Vaccination report Assam 1874-1896 - 1874-1896
Year: 1874
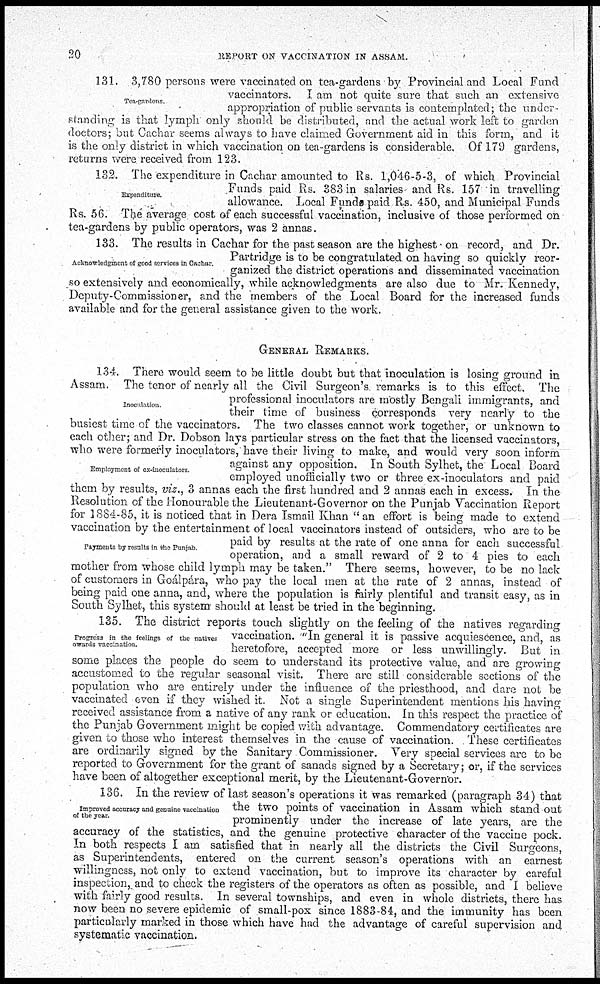
20
REPORT ON VACCINATION IN ASSAM.
Tea-gardens
131. 3,780 persons were vaccinated on tea-gardens by Provincial and Local Fund
vaccinators. I am not quite sure that such an extensive
appropriation of public servants is contemplated; the under-
standing is that lymph only should be distributed, and the actual work left to garden
doctors; but Cachar seems always to have claimed Government aid in this form, and it
is the only district in which vaccination on tea-gardens is considerable. Of 179 gardens,
returns were received from 123.
Expenditure.
132. The expenditure in Cachar amounted to Rs. 1,046-5-3, of which Provincial
Funds paid Rs. 383 in salaries and Rs. 157 in travelling
allowance. Local Funds paid Rs. 450, and Municipal Funds
Rs. 56. The average cost of each successful vaccination, inclusive of those performed on
tea-gardens by public operators, was 2 annas.
Acknowledgment of good services in Cachar.
133. The results in Cachar for the past season are the highest on record, and Dr.
Partridge is to be congratulated on having so quickly reor-
ganized the district operations and disseminated vaccination
so extensively and economically, while acknowledgments are also due to Mr. Kennedy,
Deputy-Commissioner, and the members of the Local Board for the increased funds
available and for the general assistance given to the work.
GENERAL REMARKS.
Inoculation
Employment of ex-inoculalors
Payments by results in the Punjab.
134. There would seem to be little doubt but that inoculation is losing ground in
Assam. The tenor of nearly all the Civil Surgeon's remarks is to this effect. The
professional inoculators are mostly Bengali immigrants, and
their time of business corresponds very nearly to the
busiest time of the vaccinators. The two classes cannot work together, or unknown to
each other; and Dr. Dobson lays particular stress on the fact that the licensed vaccinators,
who were formerly inoculators, have their living to make, and would very soon inform
against any opposition. In South Sylhet, the Local Board
employed unofficially two or three ex-inoculators and paid
them by results, viz., 3 annas each the first hundred and 2 annas each in excess. In the
Resolution of the Honourable the Lieutenant-Governor on the Punjab Vaccination Report
for 1884-85, it is noticed that in Dera Ismail Khan "an effort is being made to extend
vaccination by the entertainment of local vaccinators instead of outsiders, who are to be
paid by results at the rate of one anna for each successful
operation, and a small reward of 2 to 4 pies to each
mother from whose child lymph may be taken." There seems, however, to be no lack
of customers in Goálpára, who pay the local men at the rate of 2 annas, instead of
being paid one anna, and, where the population is fairly plentiful and transit easy, as in
South Sylhet, this system should at least be tried in the beginning,
Progress in the feelings of the natives
owards vaccination.
135. The district reports touch slightly on the feeling of the natives regarding
vaccination. "'In general it is passive acquiescence, and, as
heretofore, accepted more or less unwillingly. But in
some places the people do seem to understand its protective value, and are growing
accustomed to the regular seasonal visit. There are still considerable sections of the
population who are entirely under the influence of the priesthood, and dare not be
vaccinated even if they wished it. Not a single Superintendent mentions his having
received assistance from a native of any rank or education. In this respect the practice of
the Punjab Government might be copied with advantage. Commendatory certificates are
given to those who interest themselves in the cause of vaccination. These certificates
are ordinarily signed by the Sanitary Commissioner. Very special services are to be
reported to Government for the grant of sanads signed by a Secretary; or, if the services
have been of altogether exceptional merit, by the Lieutenant-Governor.
Improved accuracy and genuine vaccination
of the year.
136. In the review of last season's operations it was remarked (paragraph 34) that
the two points of vaccination in Assam which stand out
prominently under the increase of late years, are the
accuracy of the statistics, and the genuine protective character of the vaccine pock.
In both respects I am satisfied that in nearly all the districts the Civil Surgeons,
as Superintendents, entered on the current season's operations with an earnest
willingness, not only to extend vaccination, but to improve its character by careful
inspection, and to check the registers of the operators as often as possible, and I believe
with fairly good results. In several townships, and even in whole districts, there has
now been no severe epidemic of small-pox since 1883-84, and the immunity has been
particularly marked in those which have had the advantage of careful supervision and
systematic vaccination.